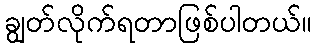
ချွတ်လိုက်ရတာဖြစ်ပါတယ်။